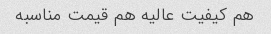
هم کیفیت عالیه هم قیمت مناسبه